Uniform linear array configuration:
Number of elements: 48
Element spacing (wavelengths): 0.25
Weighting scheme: hann
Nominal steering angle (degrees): -30
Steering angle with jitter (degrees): -30.947
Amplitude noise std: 0.05
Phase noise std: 0.05

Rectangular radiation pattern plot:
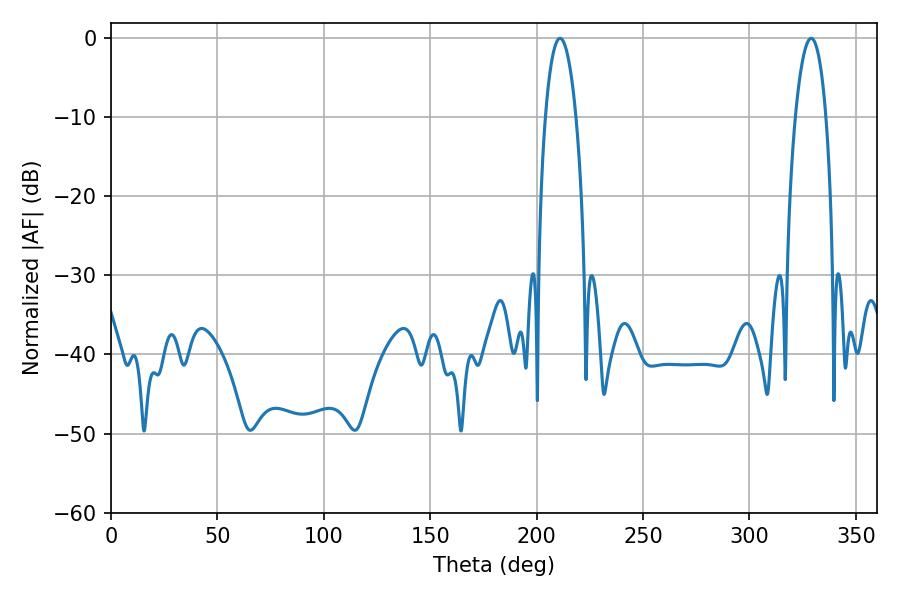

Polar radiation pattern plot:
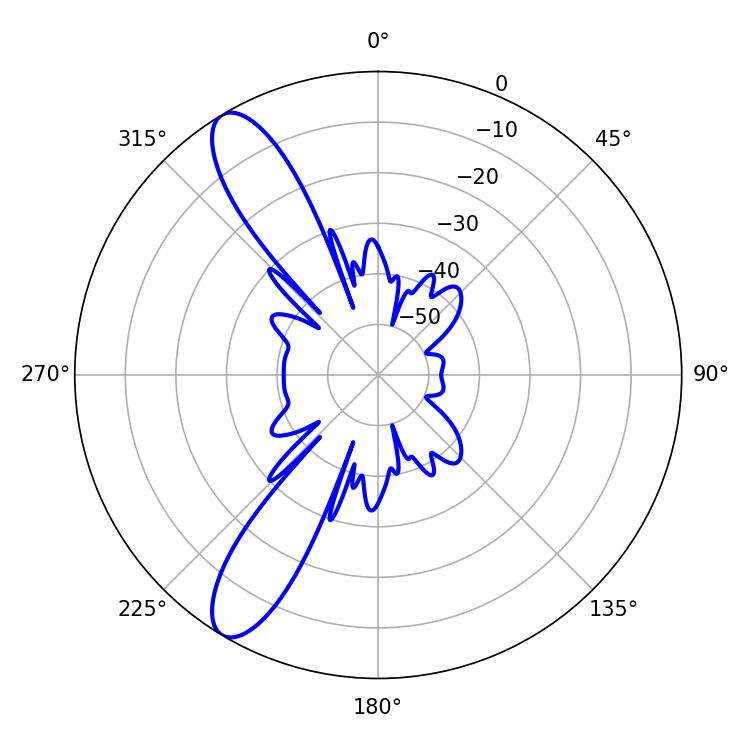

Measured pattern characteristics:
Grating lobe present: FALSE
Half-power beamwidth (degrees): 8.1
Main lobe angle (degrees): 210.96